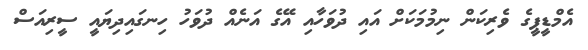
އެމްޑީޕީގެ ވެރިކަން ނިމުމަކަށް އައި ދުވަހާއި އޭގެ އަނެއް ދުވަހު ހިނގައިދިޔައީ ސީރިއަސް